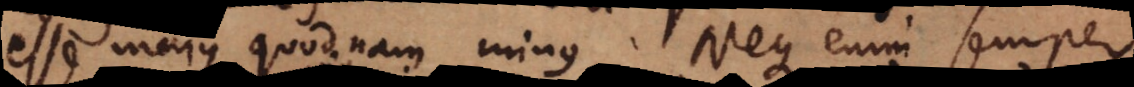
esse majus quodnam minus. Neque enim semper